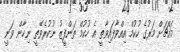
މައްޗަށް މަރުގެ ހުކުމް އިއްވާފައިވާތީ އެ ހުކުމް ތަންފީޒު ނުކުރެވޭތީ ނިހާން ވަނީ